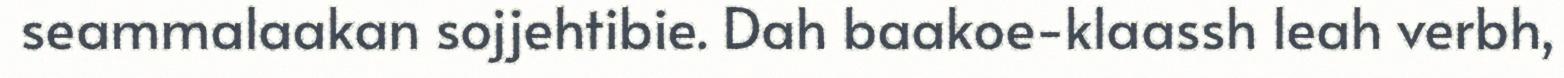
seammalaakan sojjehtibie. Dah baakoe-klaassh leah verbh,